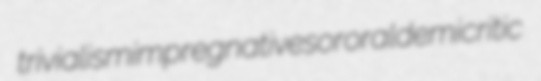
trivialism impregnative sororal demicritic